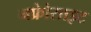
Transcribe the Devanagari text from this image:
नफ्रेोसाइट